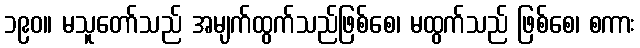
၁၉၀။ မသူတော်သည် အမျက်ထွက်သည်ဖြစ်စေ၊ မထွက်သည် ဖြစ်စေ၊ စကား